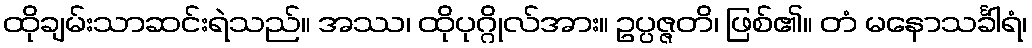
ထိုချမ်းသာဆင်းရဲသည်။ အဿ၊ ထိုပုဂ္ဂိုလ်အား။ ဥပ္ပဇ္ဇတိ၊ ဖြစ်၏။ တံ မနောသင်္ခါရံ၊